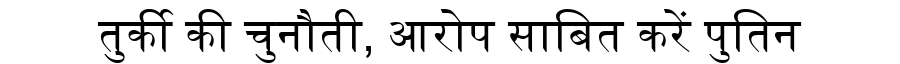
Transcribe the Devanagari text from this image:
तुर्की की चुनौती, आरोप साबित करें पुतिन